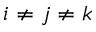
i \neq j \neq k